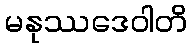
မနုဿဒေဝါတိ